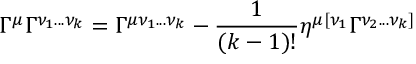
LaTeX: \Gamma ^ { \mu } \Gamma ^ { \nu _ { 1 } . . . \nu _ { k } } = \Gamma ^ { \mu \nu _ { 1 } . . . \nu _ { k } } - { \frac { 1 } { ( k - 1 ) ! } } \eta ^ { \mu [ \nu _ { 1 } } \Gamma ^ { \nu _ { 2 } . . . \nu _ { k } ] }